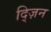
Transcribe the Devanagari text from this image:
द्ज़िन